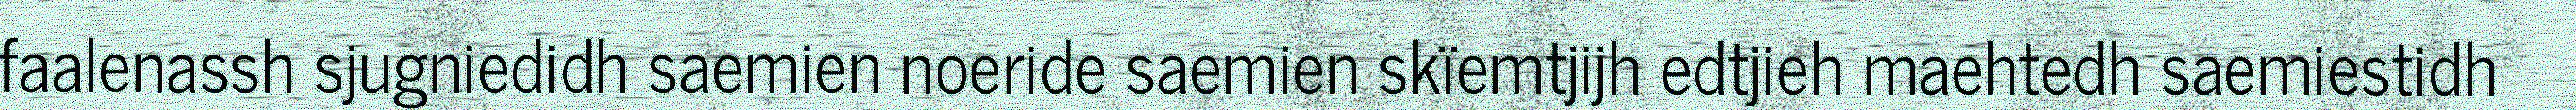
faalenassh sjugniedidh saemien noeride saemien skïemtjijh edtjieh maehtedh saemiestidh